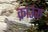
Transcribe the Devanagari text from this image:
क्राउंस